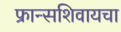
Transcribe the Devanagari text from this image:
फ्रान्सशिवायचा